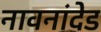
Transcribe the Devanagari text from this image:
नावनांदेड